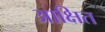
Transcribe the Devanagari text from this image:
आक्षित